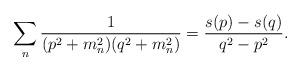
LaTeX: \begin{align*}\sum_n {1\over (p^2 + m_n^2) (q^2 + m_n^2)} = {s(p)-s(q)\over q^2 - p^2}.\end{align*}